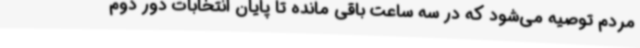
مردم توصیه می‌شود که در سه ساعت باقی مانده تا پایان انتخابات دور دوم